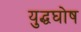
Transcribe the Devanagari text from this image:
युद्धघोष